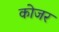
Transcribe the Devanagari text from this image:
कोजर